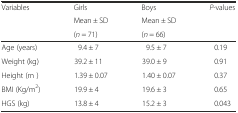
| <ROWSPAN=3> Variables | Girls | Boys | <ROWSPAN=3> P-values |
 | Mean ± SD | Mean ± SD |
 | (n = 71) | (n = 66) |
 | --- | --- | --- | --- |
 | Age (years) | 9.4 ± 7 | 9.5 ± 7 | 0.19 |
 | Weight (kg) | 39.2 ± 11 | 39.0 ± 9 | 0.91 |
 | Height (m ) | 1.39 ± 0.07 | 1.40 ± 0.07 | 0.37 |
 | BMI (Kg/m2) | 19.9 ± 4 | 19.6 ± 3 | 0.65 |
 | HGS (kg) | 13.8 ± 4 | 15.2 ± 3 | 0.043 |